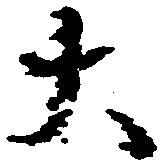
大